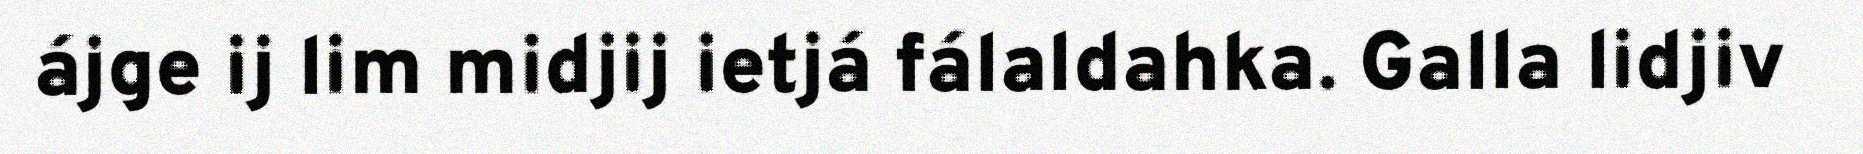
ájge ij lim midjij ietjá fálaldahka. Galla lidjiv